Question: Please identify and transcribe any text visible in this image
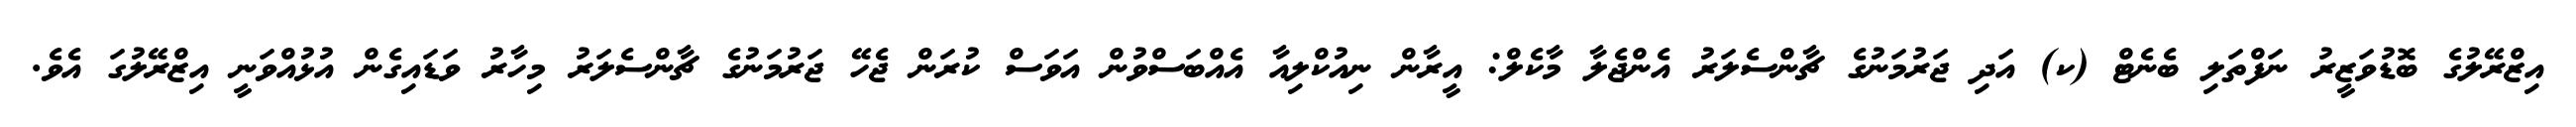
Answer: އިޒްރޭލުގެ ބޮޑުވަޒީރު ނަފްތަލި ބެނެޓް (ކ) އަދި ޖަރުމަނުގެ ޗާންސެލަރު އެންޖެލާ މާކެލް: އީރާން ނިއުކްލިއާ އެއްބަސްވުން އަވަސް ކުރަން ޖެހޭ ޖަރުމަނުގެ ޗާންސެލަރު މިހާރު ވަޑައިގެން އުޅުއްވަނީ އިޒްރޭލުގަ އެވެ.